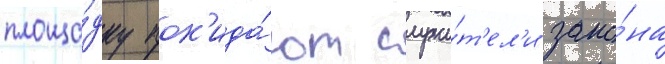
площа́дку пок'ида́ют служи́т'ел'и зако́на